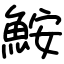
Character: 鮟